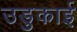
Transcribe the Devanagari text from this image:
उडुकाई